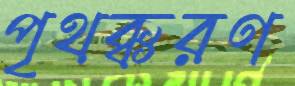
পৃথক্‌করণ